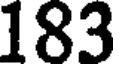
183